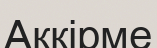
Ақкірме